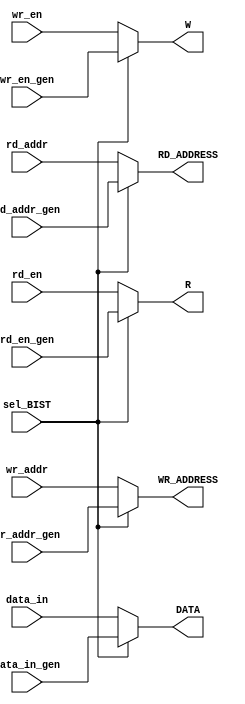
`timescale 1ns / 1ps
//////////////////////////////////////////////////////////////////////////////////
// Company: 
// Engineer: 
// 
// Design Name: 
// Module Name: mux
// Project Name: 
// Target Devices: 
// Tool Versions: 
// Description: 
// 
// Dependencies: 
// 
// Revision:
// Revision 0.01 - File Created
// Additional Comments:
// 
//////////////////////////////////////////////////////////////////////////////////


module Mux #(parameter DWIDTH = 32, AWIDTH = 4)

   (
    input sel_BIST,
    
    input rd_en_gen,
    input wr_en_gen,
    input rd_en,
    input wr_en,
    
    input [AWIDTH-1:0] wr_addr_gen,
    input [AWIDTH-1:0] rd_addr_gen,
    input [AWIDTH-1:0] wr_addr,
    input [AWIDTH-1:0] rd_addr,
    
    input [DWIDTH-1:0] data_in_gen,
    input [DWIDTH-1:0] data_in, 
    
    output reg [DWIDTH-1:0] DATA,
    output reg [AWIDTH-1:0] WR_ADDRESS,
    output reg [AWIDTH-1:0] RD_ADDRESS,
    output reg W,R
     
    );
    
always @ (*)
    begin
        if(sel_BIST)
            begin
                DATA = data_in_gen;
                WR_ADDRESS = wr_addr_gen;
                R = rd_en_gen;
                RD_ADDRESS = rd_addr_gen;
                W = wr_en_gen;
            end
        else
            begin
                DATA = data_in;
                WR_ADDRESS = wr_addr;
                R = rd_en;
                RD_ADDRESS = rd_addr;
                W = wr_en;
            end        

    end
endmodule